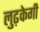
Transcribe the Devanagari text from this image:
लुढ़केगी